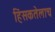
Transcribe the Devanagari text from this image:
हिंसकतेलाच